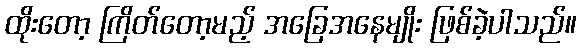
ထိုးတော့ ကြိတ်တော့မည့် အခြေအနေမျိုး ဖြစ်ခဲ့ပါသည်။